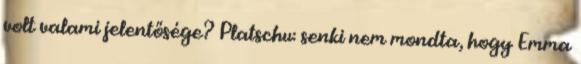
volt valami jelentősége? Platschu: senki nem mondta, hogy Emma